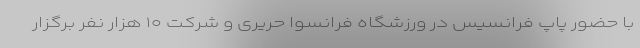
با حضور پاپ فرانسیس در ورزشگاه فرانسوا حریری و شرکت ۱۰ هزار نفر برگزار